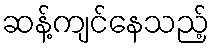
ဆန့်ကျင်နေသည့်